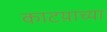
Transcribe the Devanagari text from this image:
काटय़ाच्या